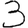
Digit: 3